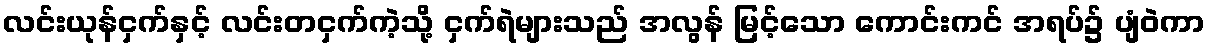
လင်းယုန်ငှက်နှင့် လင်းတငှက်ကဲ့သို့ ငှက်ရဲများသည် အလွန် မြင့်သော ကောင်းကင် အရပ်၌ ပျံဝဲကာ